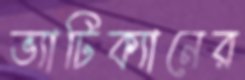
ভ্যাটিক্যানের